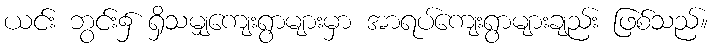
ယင်း ဘွင်း၌ ရှိသမျှကျေးရွာများမှာ အာရပ်ကျေးရွာများချည်း ဖြစ်သည်။